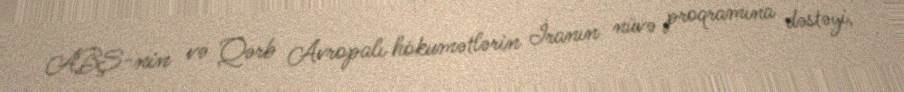
ABŞ-nin və Qərb Avropalı hökumətlərin İranın nüvə proqramına dəstəyi,